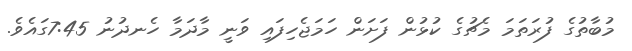
މުބާާތުގެ ފުރަތަމަ މެޗުގެ ކުޅުން ފަށަން ހަމަޖެހިފައި ވަނީ މާދަމާ ހެނދުނު 7:45ގައެވެ.